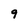
Character: 9